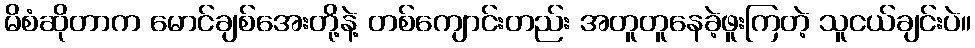
မိစံဆိုတာက မောင်ချစ်အေးတို့နဲ့ တစ်ကျောင်းတည်း အတူတူနေခဲ့ဖူးကြတဲ့ သူငယ်ချင်းပဲ။